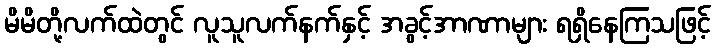
မိမိတို့လက်ထဲတွင် လူသူလက်နက်နှင့် အခွင့်အာဏာများ ရရှိနေကြသဖြင့်